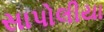
સાપોલીયા